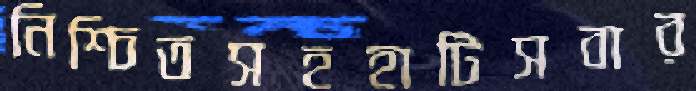
নিশ্চিতসহহাটিসবার